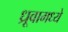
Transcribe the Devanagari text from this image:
ध्रूवामध्ये